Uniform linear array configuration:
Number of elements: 16
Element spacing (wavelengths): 1
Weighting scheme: hann
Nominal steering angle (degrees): -30
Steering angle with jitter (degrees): -29.185
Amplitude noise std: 0.05
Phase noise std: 0.05

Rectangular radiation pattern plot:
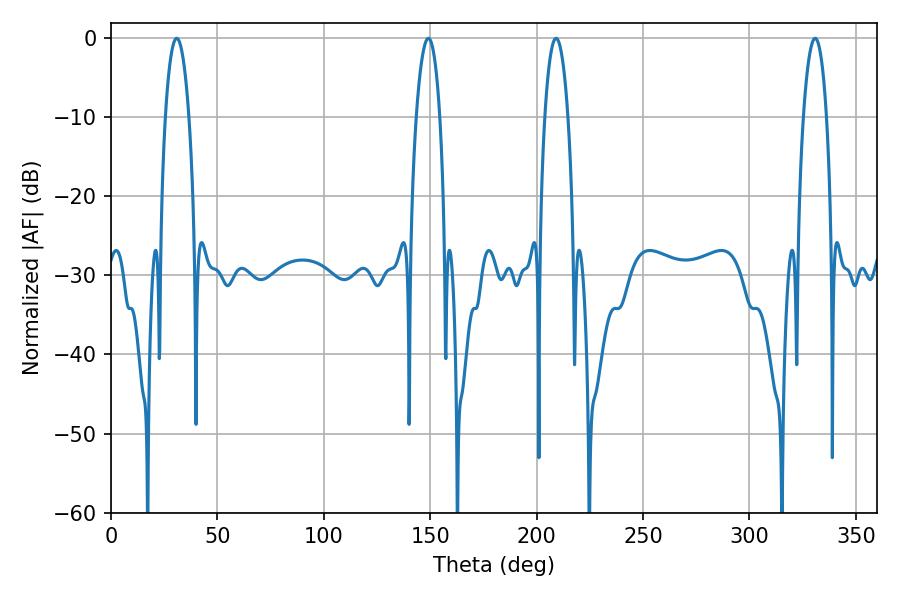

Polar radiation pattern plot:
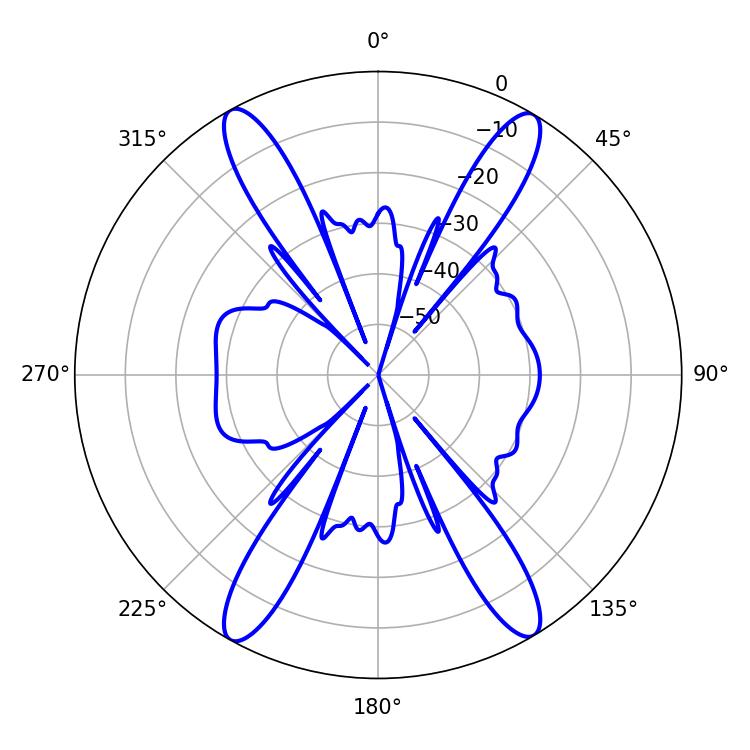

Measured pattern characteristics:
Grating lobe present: TRUE
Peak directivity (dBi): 23.913
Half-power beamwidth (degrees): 6.12
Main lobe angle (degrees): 209.16